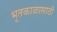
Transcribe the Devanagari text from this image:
भूतकाळासाठी